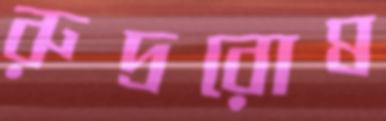
রুদ্ররোষ